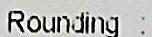
ROUNDING :